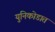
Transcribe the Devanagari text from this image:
युनिकोडात